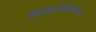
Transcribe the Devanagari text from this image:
निवडप्रक्रियेमार्फत